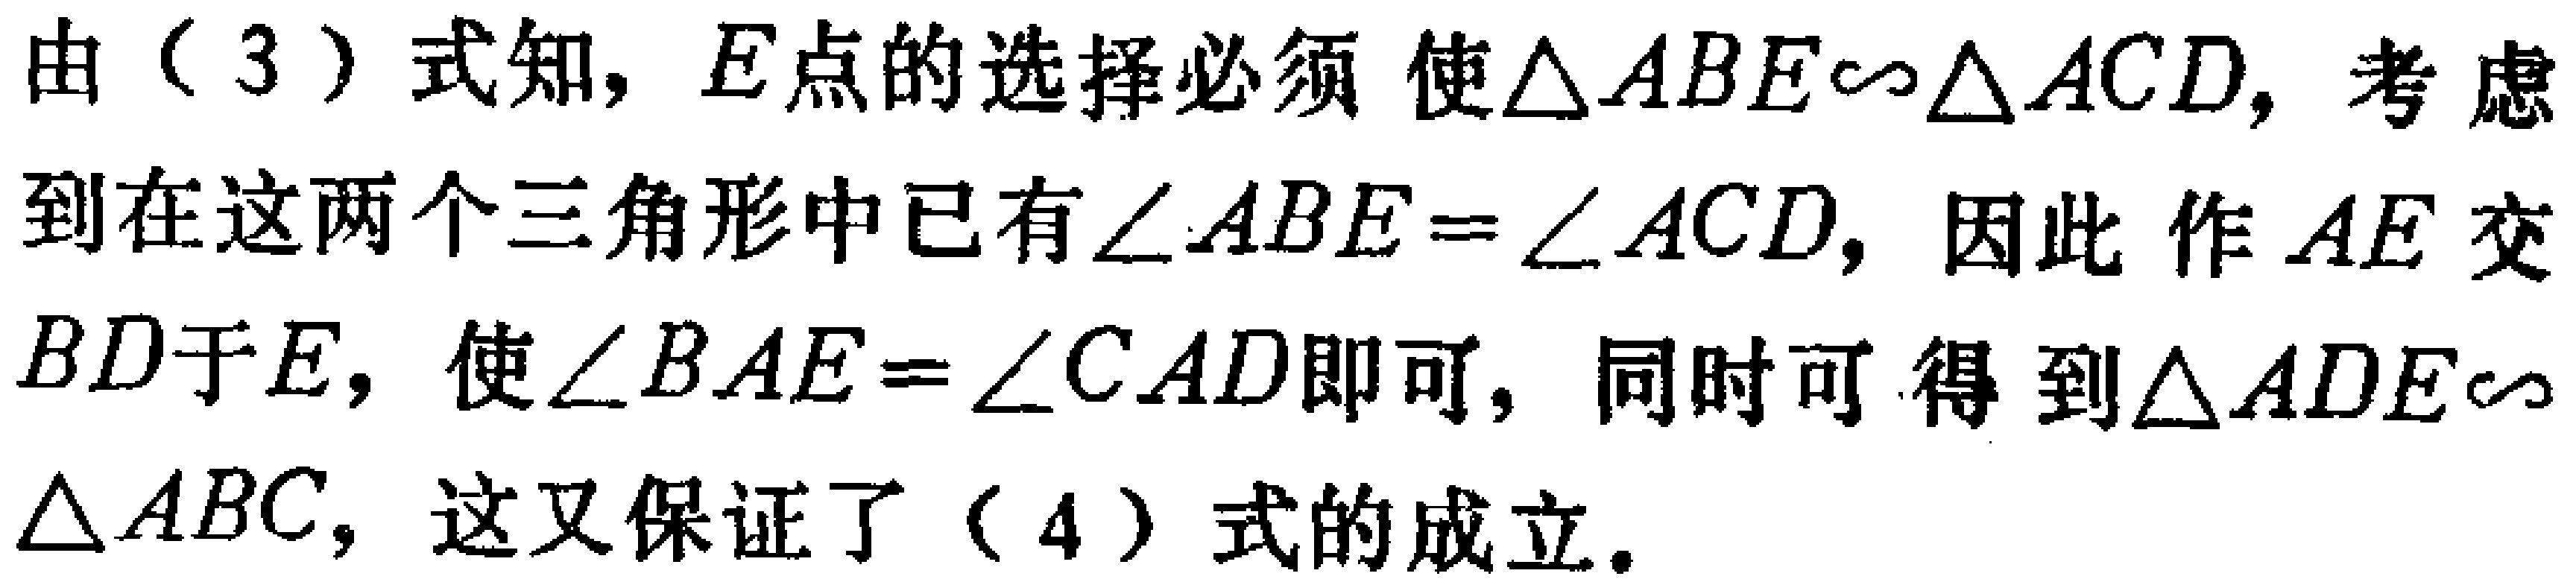
由（3）式知，\(E\)点的选择必须使\(\triangle ABE\sim\triangle ACD\)，考虑到在这两个三角形中已有\(\angle ABE = \angle ACD\)，因此作\(AE\)交\(BD\)于\(E\)，使\(\angle BAE = \angle CAD\)即可，同时可得到\(\triangle ADE\sim\triangle ABC\)，这又保证了（4）式的成立。